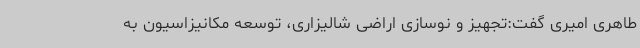
طاهری امیری گفت:تجهیز و نوسازی اراضی شالیزاری، توسعه مکانیزاسیون به